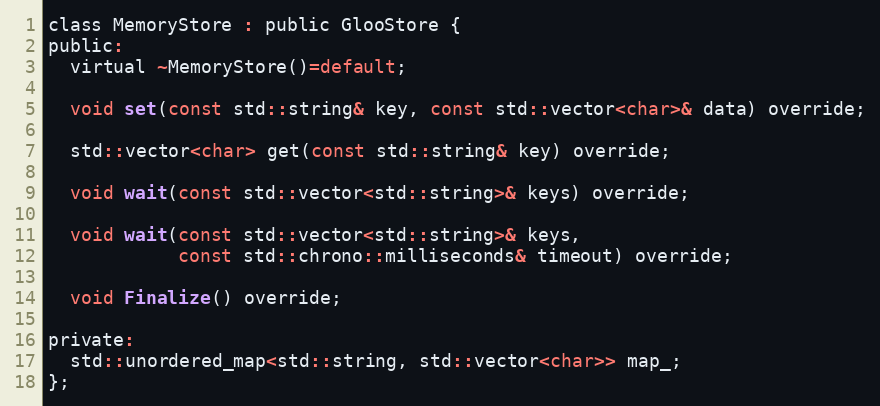
Language: C
class MemoryStore : public GlooStore {
public:
  virtual ~MemoryStore()=default;

  void set(const std::string& key, const std::vector<char>& data) override;

  std::vector<char> get(const std::string& key) override;

  void wait(const std::vector<std::string>& keys) override;

  void wait(const std::vector<std::string>& keys,
            const std::chrono::milliseconds& timeout) override;

  void Finalize() override;

private:
  std::unordered_map<std::string, std::vector<char>> map_;
};